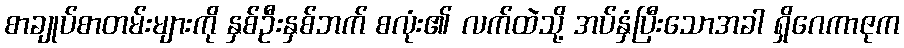
စာချုပ်စာတမ်းများကို နှစ်ဦးနှစ်ဘက် စလုံး၏ လက်ထဲသို့ အပ်နှံပြီးသောအခါ ရှိဂေကာဇုက